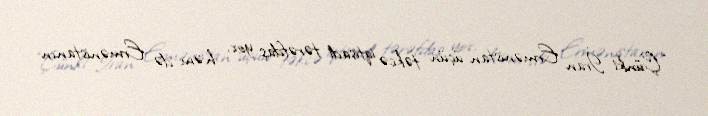
“Çünki İran Ermənistan üçün təkcə iqtisadi tərəfdaş yox, həm də Ermənistanın